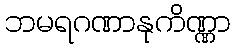
ဘမရဂဏာနုကိဏ္ဏာ